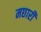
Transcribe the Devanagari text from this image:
मछारी